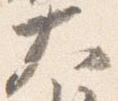
大